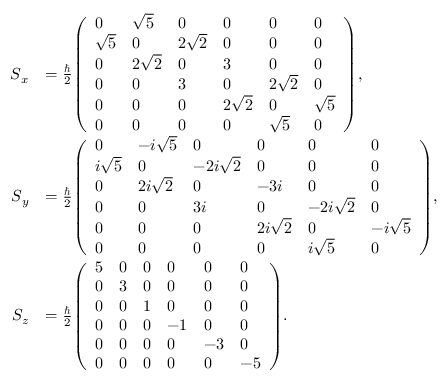
{ \begin{array} { r l } { { \boldsymbol { S } } _ { x } } & { = { \frac { \hbar } { 2 } } { \left( \begin{array} { l l l l l l } { 0 } & { { \sqrt { 5 } } } & { 0 } & { 0 } & { 0 } & { 0 } \\ { { \sqrt { 5 } } } & { 0 } & { 2 { \sqrt { 2 } } } & { 0 } & { 0 } & { 0 } \\ { 0 } & { 2 { \sqrt { 2 } } } & { 0 } & { 3 } & { 0 } & { 0 } \\ { 0 } & { 0 } & { 3 } & { 0 } & { 2 { \sqrt { 2 } } } & { 0 } \\ { 0 } & { 0 } & { 0 } & { 2 { \sqrt { 2 } } } & { 0 } & { { \sqrt { 5 } } } \\ { 0 } & { 0 } & { 0 } & { 0 } & { { \sqrt { 5 } } } & { 0 } \end{array} \right) } , } \\ { { \boldsymbol { S } } _ { y } } & { = { \frac { \hbar } { 2 } } { \left( \begin{array} { l l l l l l } { 0 } & { - i { \sqrt { 5 } } } & { 0 } & { 0 } & { 0 } & { 0 } \\ { i { \sqrt { 5 } } } & { 0 } & { - 2 i { \sqrt { 2 } } } & { 0 } & { 0 } & { 0 } \\ { 0 } & { 2 i { \sqrt { 2 } } } & { 0 } & { - 3 i } & { 0 } & { 0 } \\ { 0 } & { 0 } & { 3 i } & { 0 } & { - 2 i { \sqrt { 2 } } } & { 0 } \\ { 0 } & { 0 } & { 0 } & { 2 i { \sqrt { 2 } } } & { 0 } & { - i { \sqrt { 5 } } } \\ { 0 } & { 0 } & { 0 } & { 0 } & { i { \sqrt { 5 } } } & { 0 } \end{array} \right) } , } \\ { { \boldsymbol { S } } _ { z } } & { = { \frac { \hbar } { 2 } } { \left( \begin{array} { l l l l l l } { 5 } & { 0 } & { 0 } & { 0 } & { 0 } & { 0 } \\ { 0 } & { 3 } & { 0 } & { 0 } & { 0 } & { 0 } \\ { 0 } & { 0 } & { 1 } & { 0 } & { 0 } & { 0 } \\ { 0 } & { 0 } & { 0 } & { - 1 } & { 0 } & { 0 } \\ { 0 } & { 0 } & { 0 } & { 0 } & { - 3 } & { 0 } \\ { 0 } & { 0 } & { 0 } & { 0 } & { 0 } & { - 5 } \end{array} \right) } . } \end{array} }